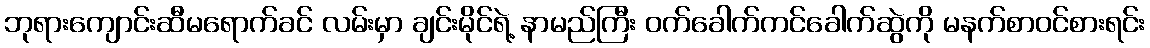
ဘုရားကျောင်းဆီမရောက်ခင် လမ်းမှာ ချင်းမိုင်ရဲ့ နာမည်ကြီး ဝက်ခေါက်ကင်ခေါက်ဆွဲကို မနက်စာဝင်စားရင်း